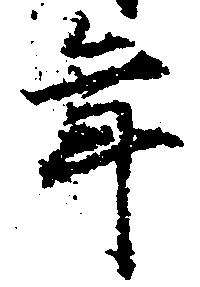
年